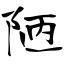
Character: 陋